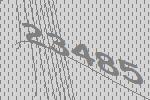
23485